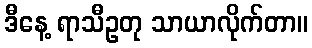
ဒီနေ့ ရာသီဥတု သာယာလိုက်တာ။